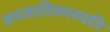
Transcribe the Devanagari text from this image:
जनजातिवनस्पति